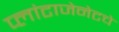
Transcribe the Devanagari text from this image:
प्लांटाजेनेटचे